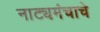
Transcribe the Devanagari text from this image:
नाट्यमंचाचे